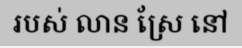
របស់ លាន ស្រែ នៅ